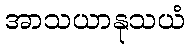
အာသယာနုသယံ